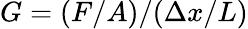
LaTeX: G=(F/A)/(\Delta x/L)